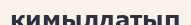
қимылдатып